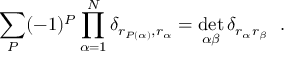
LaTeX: \sum _ { P } ( - 1 ) ^ { P } \prod _ { \alpha = 1 } ^ { N } \delta _ { r _ { P ( \alpha ) } , r _ { \alpha } } = \operatorname * { d e t } _ { \alpha \beta } \delta _ { r _ { \alpha } r _ { \beta } } \ \ .